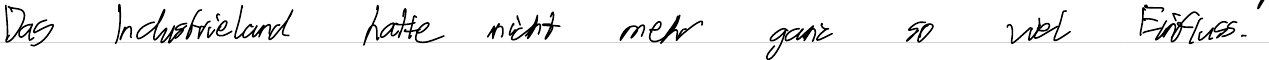
Das Industrieland hatte nicht mehr ganz so viel Einfluss.